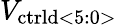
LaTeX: V_{\mathrm{ctrld<5:0>}}